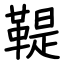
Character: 鞮